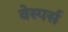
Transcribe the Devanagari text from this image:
वेस्पर्स